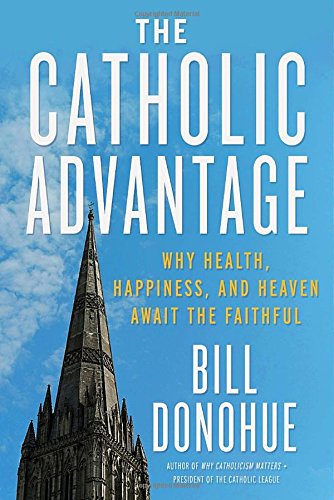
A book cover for The Catholic Advantage: Why Health, Happiness, and Heaven Await the Faithful; Bill Donohue; Christian Books & Bibles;